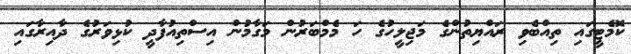
ކޮމެޓީގައި ތިއްބެވި ރައްޔިތުންގެ މަޖިލީހުގެ ހަ މެމްބަރުން މަގާމުން އިސްތިއުފާދީ ކުޅިވަރުގެ ދާއިރާގައި